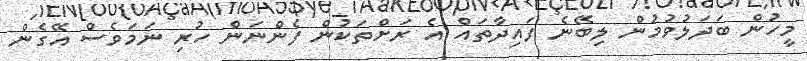
މީހުން ބަދަލުވުމުން ލިބޭނެ ފައިދާތައް އެ ރަށްތަކުން ފެންނަން ހުރި ނަމަވެސް އޭގެން